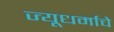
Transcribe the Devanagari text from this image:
ज्यूधर्माचे